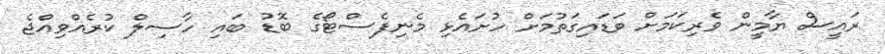
ރައީސް ޔާމީން ވެރިކަމަށް ވަޑައިގަތުމަށް ހުށައެޅި މެނިފެސްޓޯގެ ބޮޑު ބައި ހާސިލް ކުރެއްވިއްޖެ